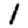
Digit: 1